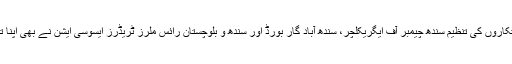
جس میں کاشتکاروں کی تنظیم سندھ چیمبر آف ایگریکلچر، سندھ آباد گار بورڈ اور سندھ و بلوچستان رائس ملرز ٹریڈرز ایسوسی ایشن نے بھی اپنا تعاون پیش کیا۔